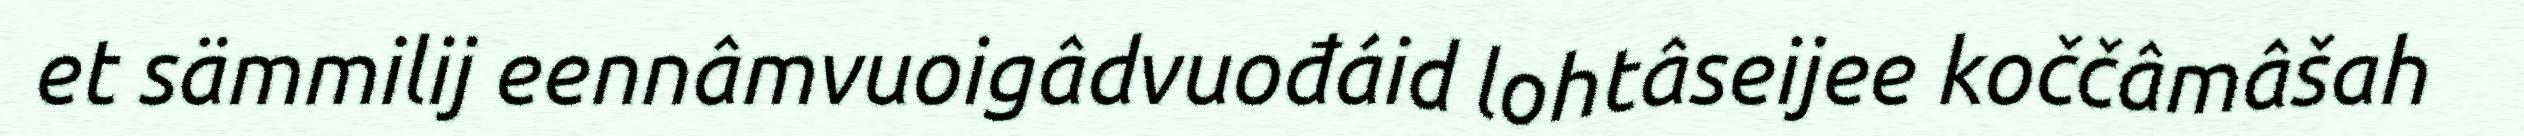
et sämmilij eennâmvuoigâdvuođáid lohtâseijee koččâmâšah